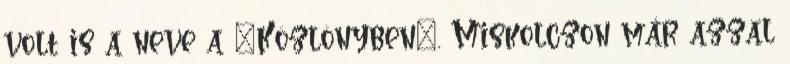
volt is a neve a "Közlönyben". Miskolczon már azzal